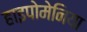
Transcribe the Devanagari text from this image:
हाइपोमेनिया